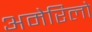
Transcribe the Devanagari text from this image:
अमेरिलो